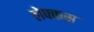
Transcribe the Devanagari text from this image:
लेफ्कस